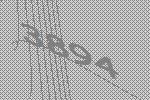
3894